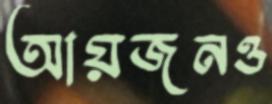
আয়জনও